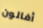
أفالون